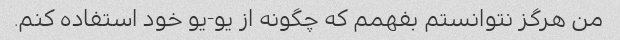
من هرگز نتوانستم بفهمم که چگونه از یو-یو خود استفاده کنم.